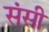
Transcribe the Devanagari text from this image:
संसी